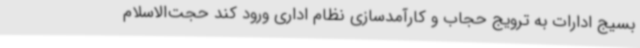
بسیج ادارات به ترویج حجاب و کارآمدسازی نظام اداری ورود کند حجت‌الاسلام